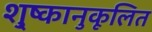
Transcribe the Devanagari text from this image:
शु्ष्कानुकूलित